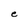
Character: e